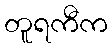
တူရကီက